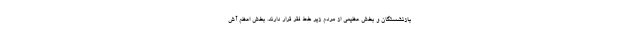
بازنشستگان و بخش عظیمی از مردم زیر خط فقر قرار دارند. بخش اعظم آش